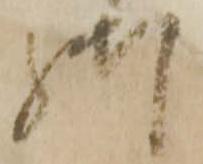
御